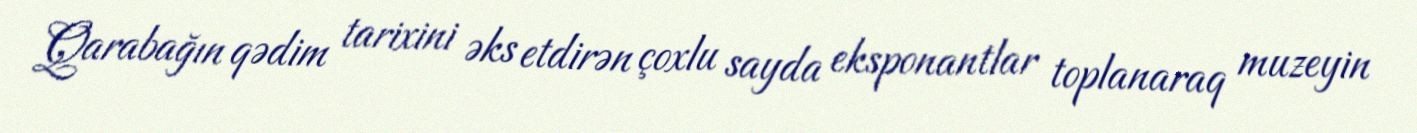
Qarabağın qədim tarixini əks etdirən çoxlu sayda eksponantlar toplanaraq muzeyin